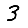
Digit: 3